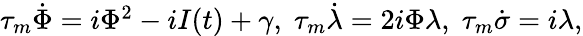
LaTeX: \begin{array}{r}{\tau_{m}\dot{\Phi}=i\Phi^{2}-iI(t)+\gamma,\; \tau_{m}\dot{\lambda}=2i\Phi\lambda,\; \tau_{m}\dot{\sigma}=i\lambda,}\end{array}